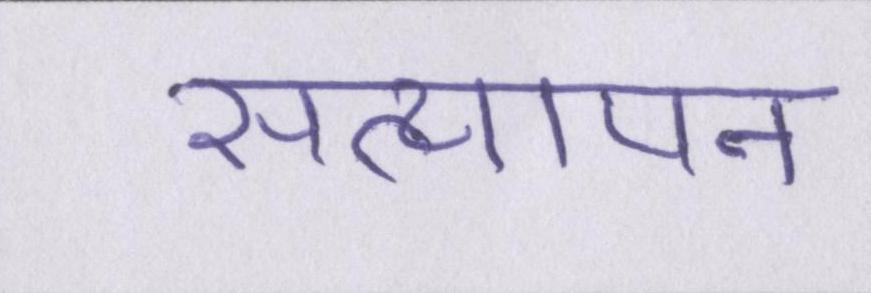
सत्यापन